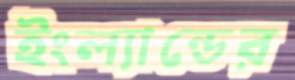
ইংল্যান্ডের